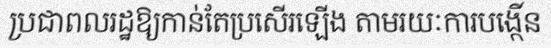
ប្រជាពលរដ្ឋឱ្យកាន់តែប្រសើរឡើង តាមរយៈការបង្កើន